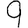
Digit: 9